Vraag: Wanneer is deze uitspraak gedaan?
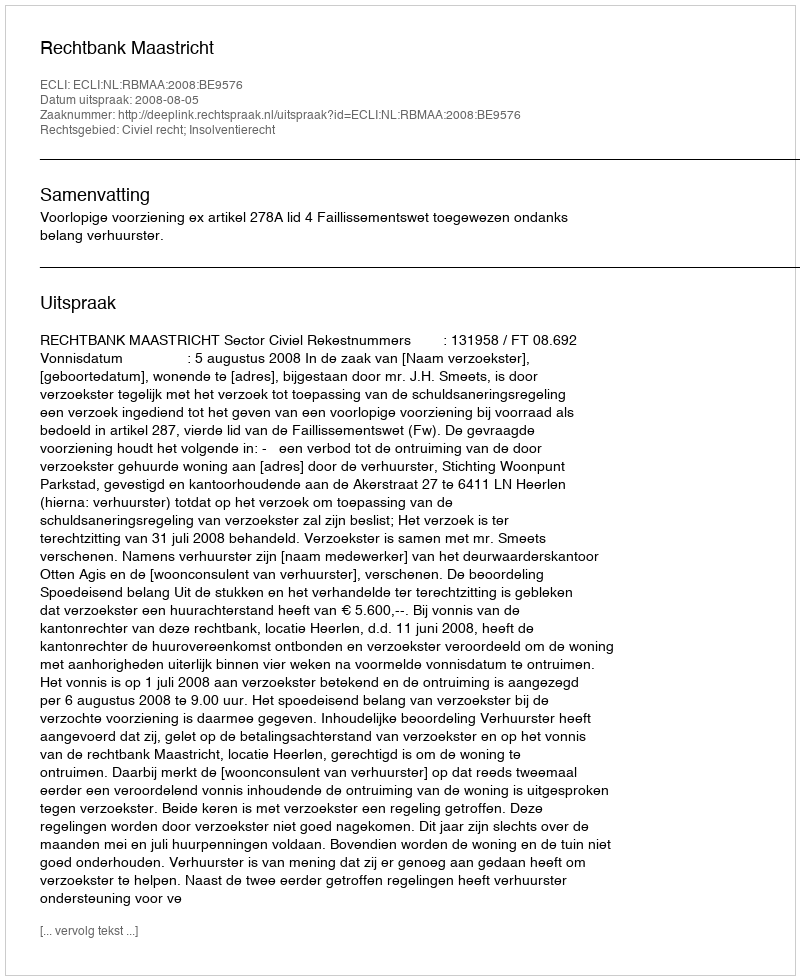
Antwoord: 2008-08-05